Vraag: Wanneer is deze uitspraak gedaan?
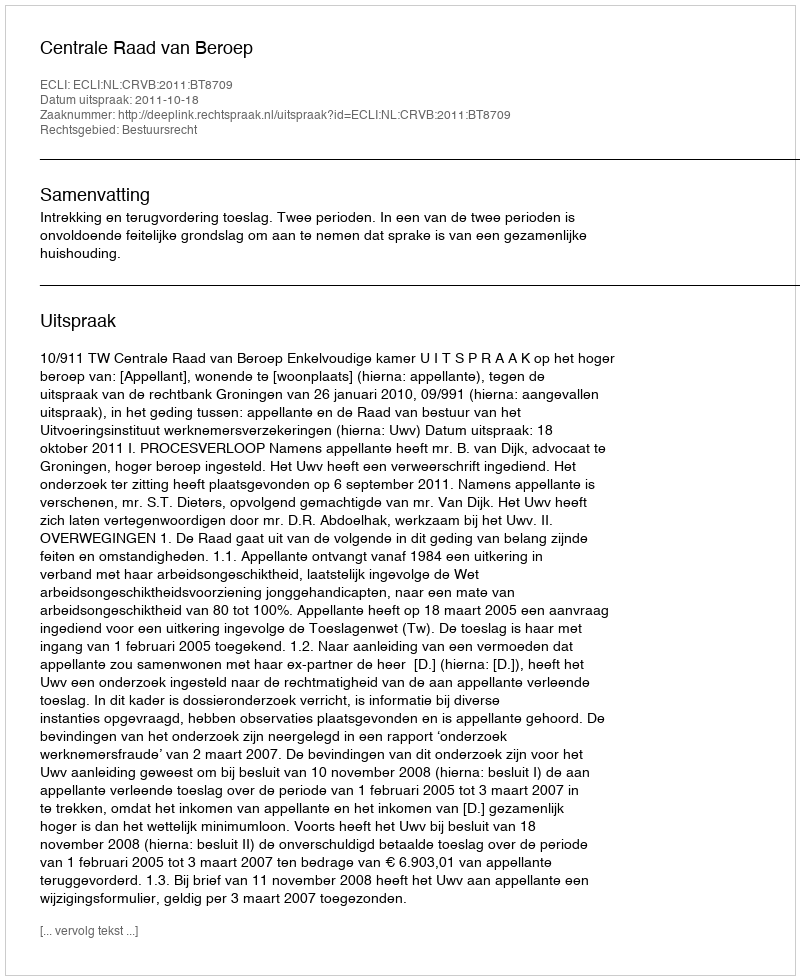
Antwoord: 2011-10-18